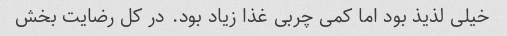
خیلی لذیذ بود اما کمی چربی غذا زیاد بود. در کل رضایت بخش